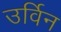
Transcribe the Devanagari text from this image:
उर्विन